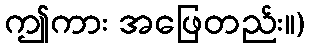
ဤကား အဖြေတည်း။)